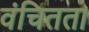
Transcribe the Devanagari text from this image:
वंचितता